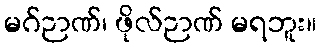
မဂ်ဉာဏ်၊ ဖိုလ်ဉာဏ် မရဘူး။